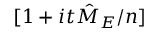
[ 1 + i t { \hat { M } } _ { E } / n ]